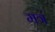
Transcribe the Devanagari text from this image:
मत्रं